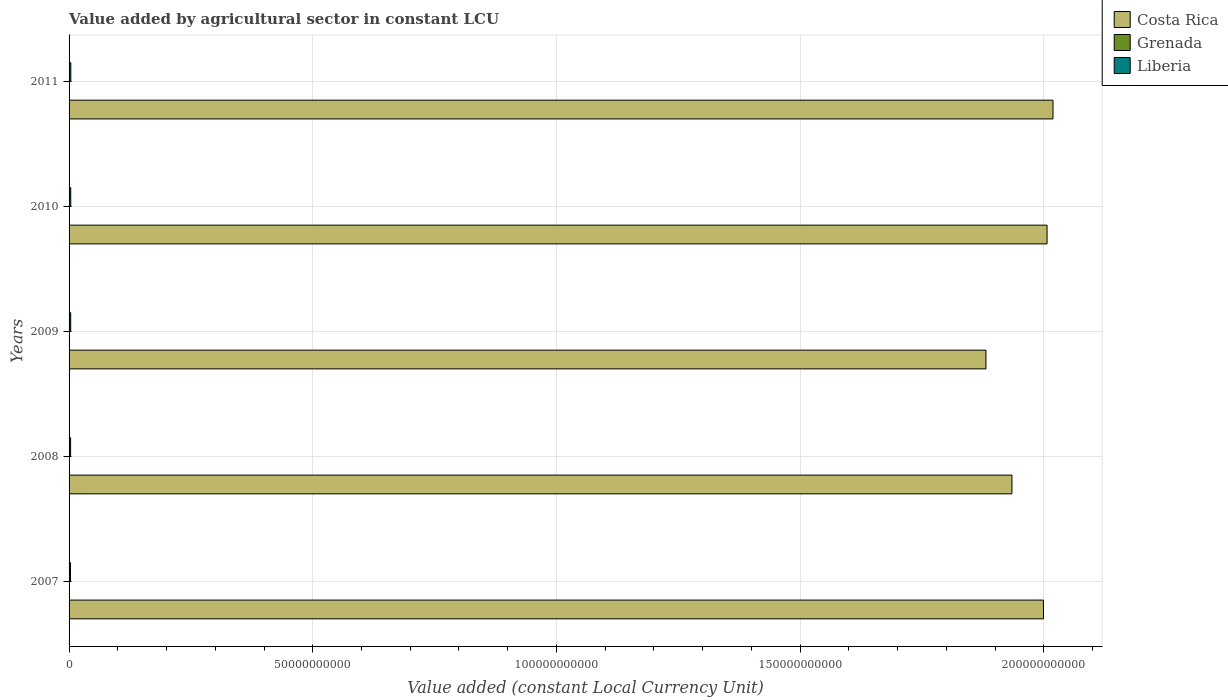
| Years | Costa Rica | Grenada | Liberia |
 | --- | --- | --- | --- |
 | 2007 | 2e+11 | 7.46e+07 | 2.87e+08 |
 | 2008 | 1.93e+11 | 8.18e+07 | 3.17e+08 |
 | 2009 | 1.88e+11 | 9.17e+07 | 3.33e+08 |
 | 2010 | 2.01e+11 | 8.57e+07 | 3.45e+08 |
 | 2011 | 2.02e+11 | 8.44e+07 | 3.59e+08 |